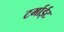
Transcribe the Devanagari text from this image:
टर्माईट